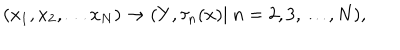
LaTeX: ( x _ { 1 } , x _ { 2 } , \ldots x _ { N } ) \rightarrow ( Y , \tau _ { n } ( x ) | \ n = 2 , 3 , \ldots , N ) ,